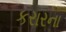
કરારના